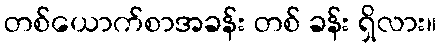
တစ်ယောက်စာအခန်း တစ် ခန်း ရှိလား။